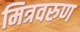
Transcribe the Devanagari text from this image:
मित्रवरुण